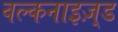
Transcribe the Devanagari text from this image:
वल्कनाइज़्ड